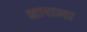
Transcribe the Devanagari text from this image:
क्षाराला